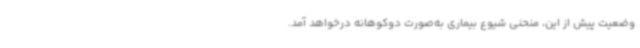
وضعیت پیش از این، منحنی شیوع بیماری به‌صورت دوکوهانه درخواهد آمد.